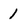
Character: 1